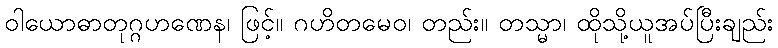
ဝါယောဓာတုဂ္ဂဟဏေန၊ ဖြင့်။ ဂဟိတမေဝ၊ တည်း။ တသ္မာ၊ ထိုသို့ယူအပ်ပြီးချည်း